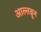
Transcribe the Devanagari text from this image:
आल्तब्रून